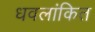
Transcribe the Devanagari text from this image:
धवलांकित